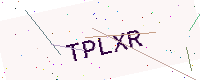
Text: TPLXR